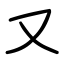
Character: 又